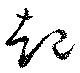
起